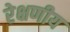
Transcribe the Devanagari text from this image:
रेक्षणीय